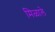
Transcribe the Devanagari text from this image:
मिळालेे